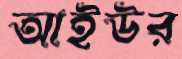
আইউর